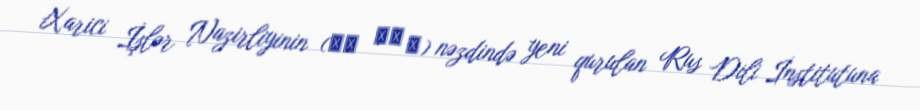
Xarici İşlər Nazirliyinin (俄文 专修 馆) nəzdində yeni qurulan Rus Dili İnstitutuna